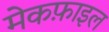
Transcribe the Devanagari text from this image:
मेकफ़ाइल